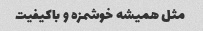
مثل همیشه خوشمزه و باکیفیت